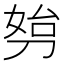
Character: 𠝔